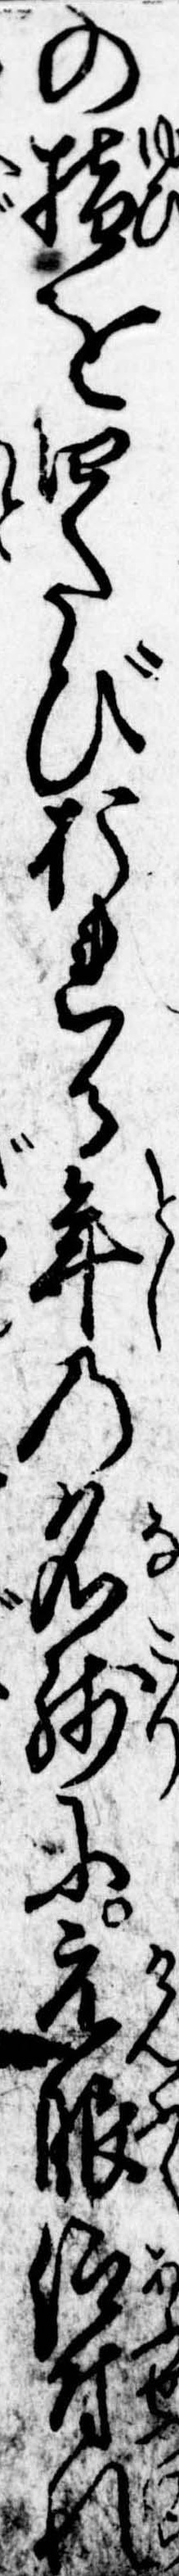
の指を四たびおれる年の名残に元服仰付れ